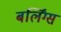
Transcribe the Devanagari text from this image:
बर्लिंग्स